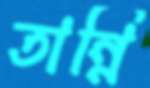
তান্নি